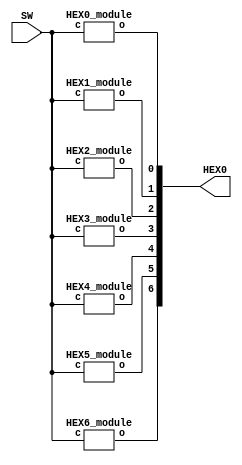
`timescale 1ns / 1ns // `timescale time_unit/time_precision

//SW[2:0] data inputs
//SW[9] select signal

//LEDR[0] output display

module seg_7_decoder(SW, HEX0);
    input [3:0] SW;
    output [6:0] HEX0;
    wire connection_0, connection_1, connection_2, connection_3, connection_4, connection_5, connection_6;

    HEX0_module mod0(
	.c(SW), 
	.o(connection_0)
   	);
    HEX1_module mod1(
	.c(SW), 
	.o(connection_1)
   	);
    HEX2_module mod2(
	.c(SW), 
	.o(connection_2)
   	);
    HEX3_module mod3(
	.c(SW), 
	.o(connection_3)
   	);
    HEX4_module mod4(
	.c(SW), 
	.o(connection_4)
   	);
    HEX5_module mod5(
	.c(SW), 
	.o(connection_5)
  	);
    HEX6_module mod6(
	.c(SW), 
	.o(connection_6)
  	);
    assign HEX0[0] = connection_0; 
    assign HEX0[1] = connection_1; 
    assign HEX0[2] = connection_2; 
    assign HEX0[3] = connection_3; 
    assign HEX0[4] = connection_4; 
    assign HEX0[5] = connection_5; 
    assign HEX0[6] = connection_6; 
endmodule

module HEX0_module(c, o);
    input [3:0] c;
    output o;
    assign o = ~c[3] & ~c[2] & ~c[1] & c[0] | ~c[3] & c[2] & ~c[1] & ~c[0] | c[3] & c[2] & ~c[1] & c[0] | c[3] & ~c[2] & c[1] & c[0];
endmodule

module HEX1_module(c, o);
    input [3:0] c;
    output o;
    assign o = c[3] & c[2] & ~c[0] | ~c[3] & c[2] & ~c[1] & c[0] | c[3] & c[1] & c[0] | c[2] & c[1] & ~c[0]; 
endmodule

module HEX2_module(c, o);
    input [3:0] c;
    output o;
    assign o = c[3] & c[2] & ~c[0] | c[3] & c[2] & c[1] | ~c[3] & ~c[2] & c[1] & ~c[0]; 
endmodule

module HEX3_module(c, o);
    input [3:0] c;
    output o;
    assign o = ~c[3] & ~c[2] & ~c[1] & c[0] | ~c[3] & c[2] & ~c[1] & ~c[0] | c[3] & ~c[2] & c[1] & ~c[0] |c[2] & c[1] & c[0]; 
endmodule

module HEX4_module(c, o);
    input [3:0] c;
    output o;
    assign o = ~c[3] & c[2] & ~c[1] | ~c[2] & ~c[1] & c[0] | ~c[3] & c[0];
endmodule

module HEX5_module(c, o);
    input [3:0] c;
    output o;
    assign o = ~c[3] & ~c[2] & c[0] | ~c[3] & ~c[2] & c[1] | ~c[3] & c[1] & c[0] | c[3] & c[2] & ~c[1] & c[0];
endmodule

module HEX6_module(c, o);
    input [3:0] c;
    output o;
    assign o = ~c[3] & ~c[2] & ~c[1] | ~c[3] & c[2] & c[1] & c[0] | c[3] & c[2] & ~c[1] & ~c[0];
endmodule